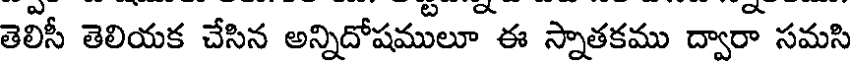
తెలిసీ తెలియక చేసిన అన్నిదోషములూ ఈ స్నాతకము ద్వారా సమసి